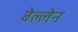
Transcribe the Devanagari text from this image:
बेल्लेन